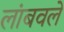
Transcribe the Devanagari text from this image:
लांबवले